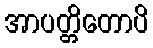
အာပတ္တိတောပိ